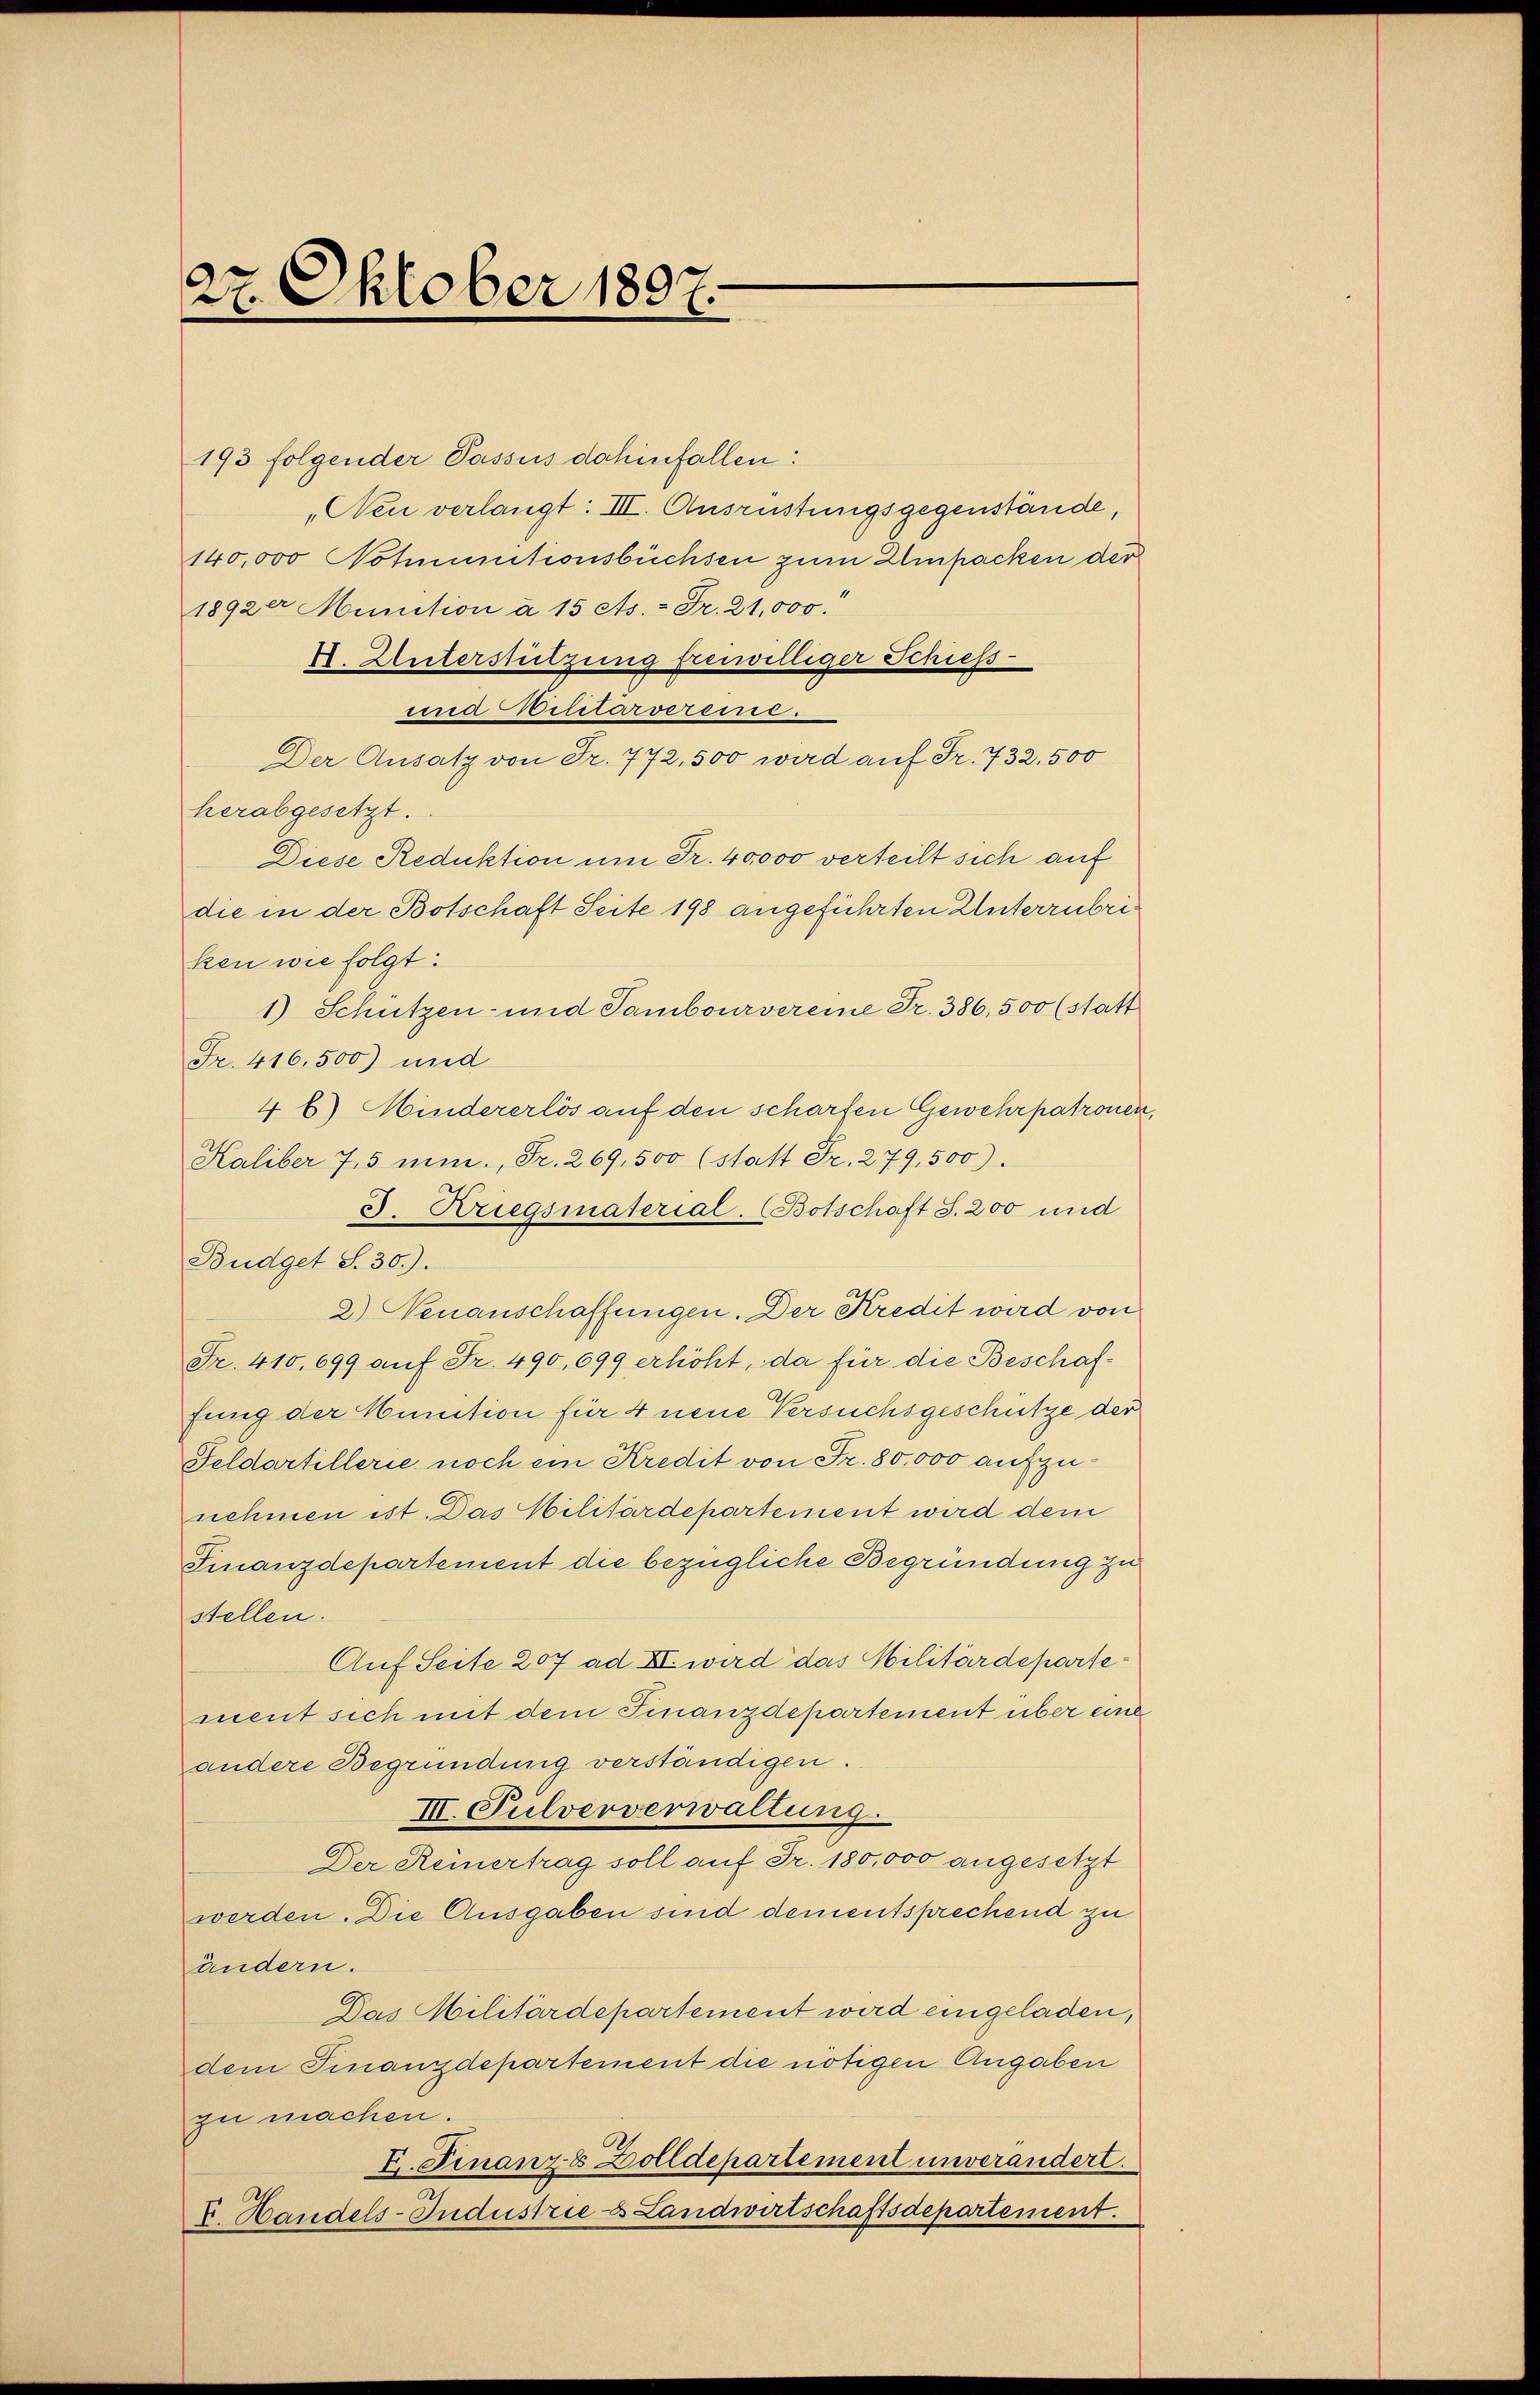
27. Oktober 1897.

193 folgender Passus dahinfallen:
„Neu verlangt: III. Ausrüstungsgegenstände,
140,000 Notmunitionsbüchsen zum Umpacken der
1892er Munition à 15 As. - Fr. 21,000.
4. Unterstützung freiwilliger Schiess-
mne Militärvereis:
Der Ansatz von Fr. 772. 500 wird auf Fr. 732. 500
herabgesetzt.
Diese Reduktion um Fr. 40,000 verteilt sich auf
die in der Botschaft Seite 198 angeführten Unterrübri
ken wie folgt:
1) Schützen- und Tambourvereine Fr. 386,500 (statt
Fr. 416,500) und
4 b) Mindererlös auf den scharfen Gewehrpatronen,
Kaliber 7,5 min. Fr. 269, 500 (statt Fr. 279, 500).
J. Kriegsmaterial. Botschaft S. 200 und
Budget S. 30.).
2) Neuanschaffungen. Der Kredit wird von
Fr. 410. 699 auf Fr. 490, 699 erhöht, da für die Beschaffung der Munition für 4 neue Versuchsgeschütze der
Feldartillerie noch ein Kredit von Fr. 80,000 aufzunehmen ist. Das Militärdepartement wird dem
Finanzdepartement die bezügliche Begründung zu
stellen.
Auf Seite 207 ad II. wird das Militärdepartement sich mit dem Finanzdepartement über eine
andere Begründung verständigen.
III. Pulververwaltung.
Der Reinertrag soll auf Fr. 180,000 angesetzt
werden. Die Ausgaben sind dementsprechend zu
ändern.
Das Militärdepartement wird eingeladen,
dem Finanzdepartement die nötigen Angaben
zu machen.
E. Finanze Zolldepartement unverändert.
I. Handels-Industrie Landwirtschaftsdepartement.